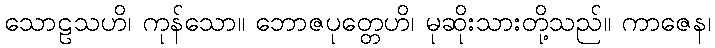
သောဠသဟိ၊ ကုန်သော။ ဘောဇပုတ္တေဟိ၊ မုဆိုးသားတို့သည်။ ကာဇေန၊